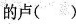
\underset{·}{的}卢( )